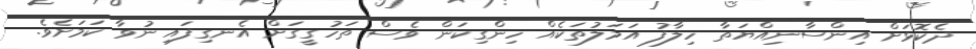
ދެކޮޅަށް އިންސާނިއްޔަތާ ހިލާފު އަމަލުތަކެއް ހިންގިކަން ވެސް ތަހުގީގަށް އެނގިފައި ނުވާ ކަމަށެވެ.